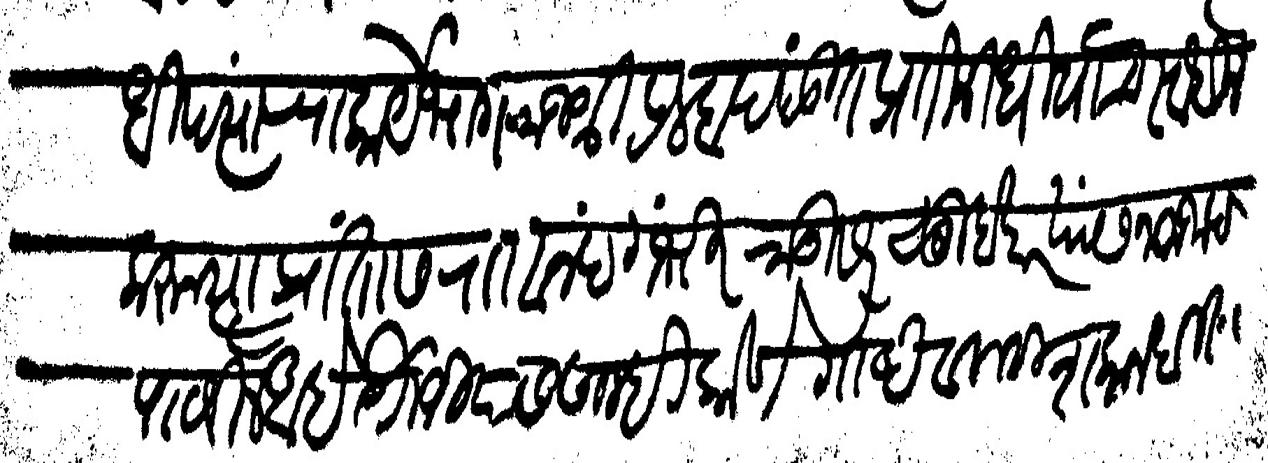
Transliteration (Devanagari): राज्याधिपत्यांचा कार्येभाग राजश्री प्रल्हाद पंडित प्रतिनिधी याचे स्वाधीन करून त्या प्रांतास रा आनंद गंभीरराऊ सरसुबेदार यांस नामजाद पाठविले आहे येसियास तुम्ही कोणे गोष्टीविसी शंका न धरिता